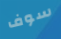
سوف